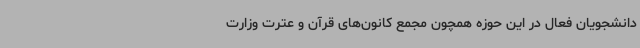
دانشجویان فعال در این حوزه همچون مجمع کانون‌های قرآن و عترت وزارت